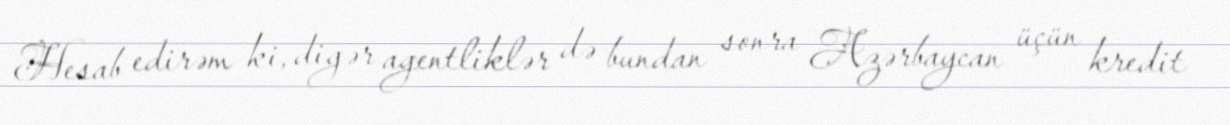
Hesab edirəm ki, digər agentliklər də bundan sonra Azərbaycan üçün kredit